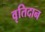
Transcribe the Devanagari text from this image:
वृतिदान